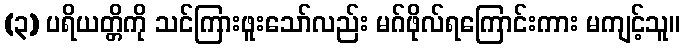
(၃) ပရိယတ္တိကို သင်ကြားဖူးသော်လည်း မဂ်ဖိုလ်ရကြောင်းကား မကျင့်သူ။